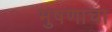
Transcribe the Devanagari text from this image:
भुषणाचा